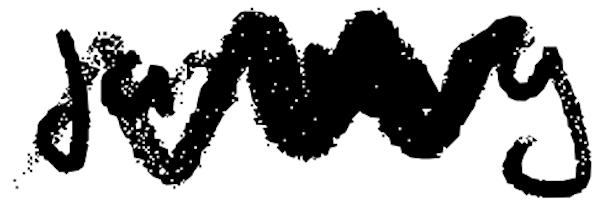
Text: January
Cross-out: zig-zag
Writing tool: digital_black